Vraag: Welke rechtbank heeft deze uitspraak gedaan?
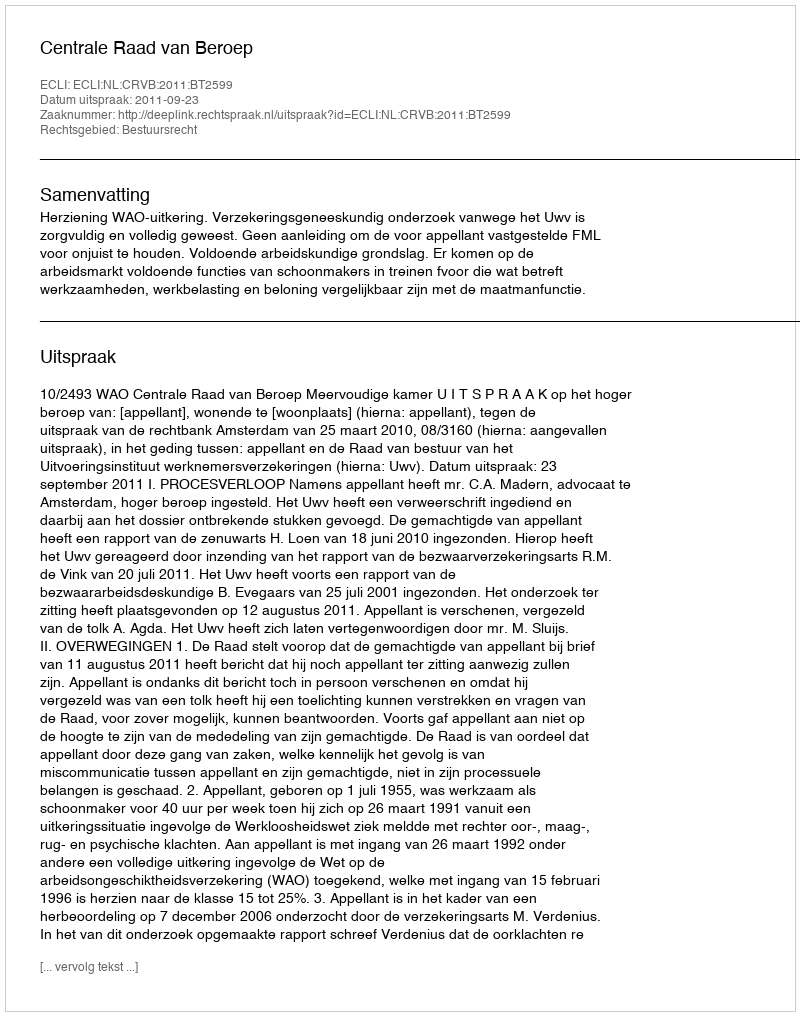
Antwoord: Centrale Raad van Beroep